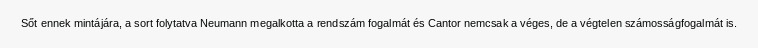
Sőt ennek mintájára, a sort folytatva Neumann megalkotta a rendszám fogalmát és Cantor nemcsak a véges, de a végtelen számosságfogalmát is.